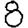
Digit: 8